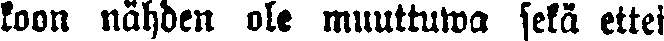
koon nähden ole muuttuwa sekä ettei